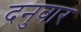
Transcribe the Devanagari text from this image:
दनुवार